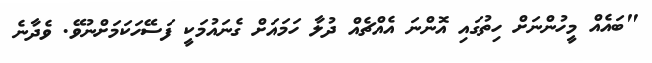
"ބައެއް މީހުންނަށް ހިތުގައި އޮންނަ އެއްޗެއް ދުލާ ހަމައަށް ގެނައުމަކީ ފަސޭހަކަމަށްނުވޭ. ވެދާނެ